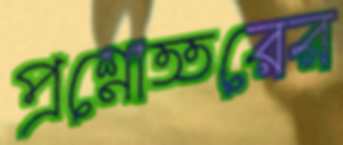
প্রশ্নোত্তরের